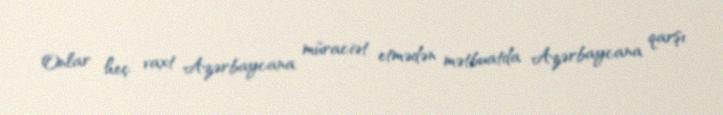
Onlar heç vaxt Azərbaycana müraciət etmədən mətbuatda Azərbaycana qarşı